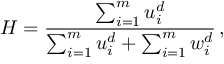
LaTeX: H = { \frac { \sum _ { i = 1 } ^ { m } { u _ { i } ^ { d } } } { \sum _ { i = 1 } ^ { m } { u _ { i } ^ { d } } + \sum _ { i = 1 } ^ { m } { w _ { i } ^ { d } } } } \, ,